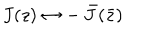
J ( z ) \leftrightarrow - \, { \bar { J } } ( \bar { z } )